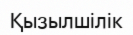
Қызылшілік